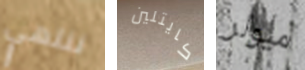
ننتهي كايتلين ميولر